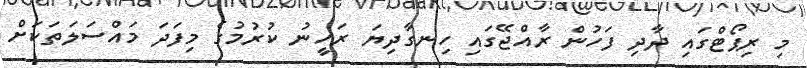
މި ރިޕޯޓްގައި ދާދި ފަހުން ރާއްޖޭގައި ހިނގާދިޔަ ރަހީނު ކުރުމުގެ މިފަދަ މައްސަލަތަކަށް